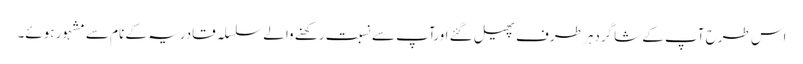
اس طرح آپ کے شاگردہر طرف پھیل گئے اورآپ سے نسبت رکھنے والے سلسلہ قادریہ کے نام سے مشہور ہوئے۔